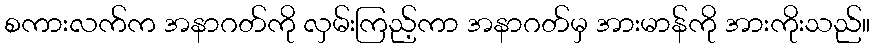
စကားလက်က အနာဂတ်ကို လှမ်းကြည့်ကာ အနာဂတ်မှ အားမာန်ကို အားကိုးသည်။